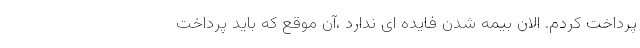
پرداخت کردم. الان بیمه شدن فایده ای ندارد ،آن موقع که باید پرداخت